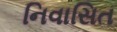
નિવાસિત